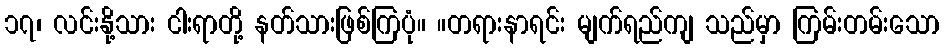
၁၇၊ လင်းနို့သား ငါးရာတို့ နတ်သားဖြစ်ကြပုံ။ ။တရားနာရင်း မျက်ရည်ကျ သည်မှာ ကြမ်းတမ်းသော